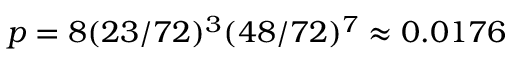
p = 8 ( 2 3 / 7 2 ) ^ { 3 } ( 4 8 / 7 2 ) ^ { 7 } \approx 0 . 0 1 7 6